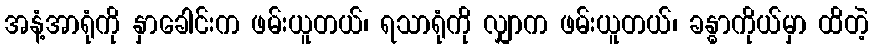
အနံ့အာရုံကို နှာခေါင်းက ဖမ်းယူတယ်၊ ရသာရုံကို လျှာက ဖမ်းယူတယ်၊ ခန္ဓာကိုယ်မှာ ထိတဲ့